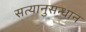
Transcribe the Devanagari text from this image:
सत्यानुसन्धान